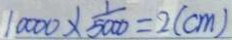
1 0 0 0 0 \times \frac { 1 } { 5 0 0 0 } = 2 ( c m )